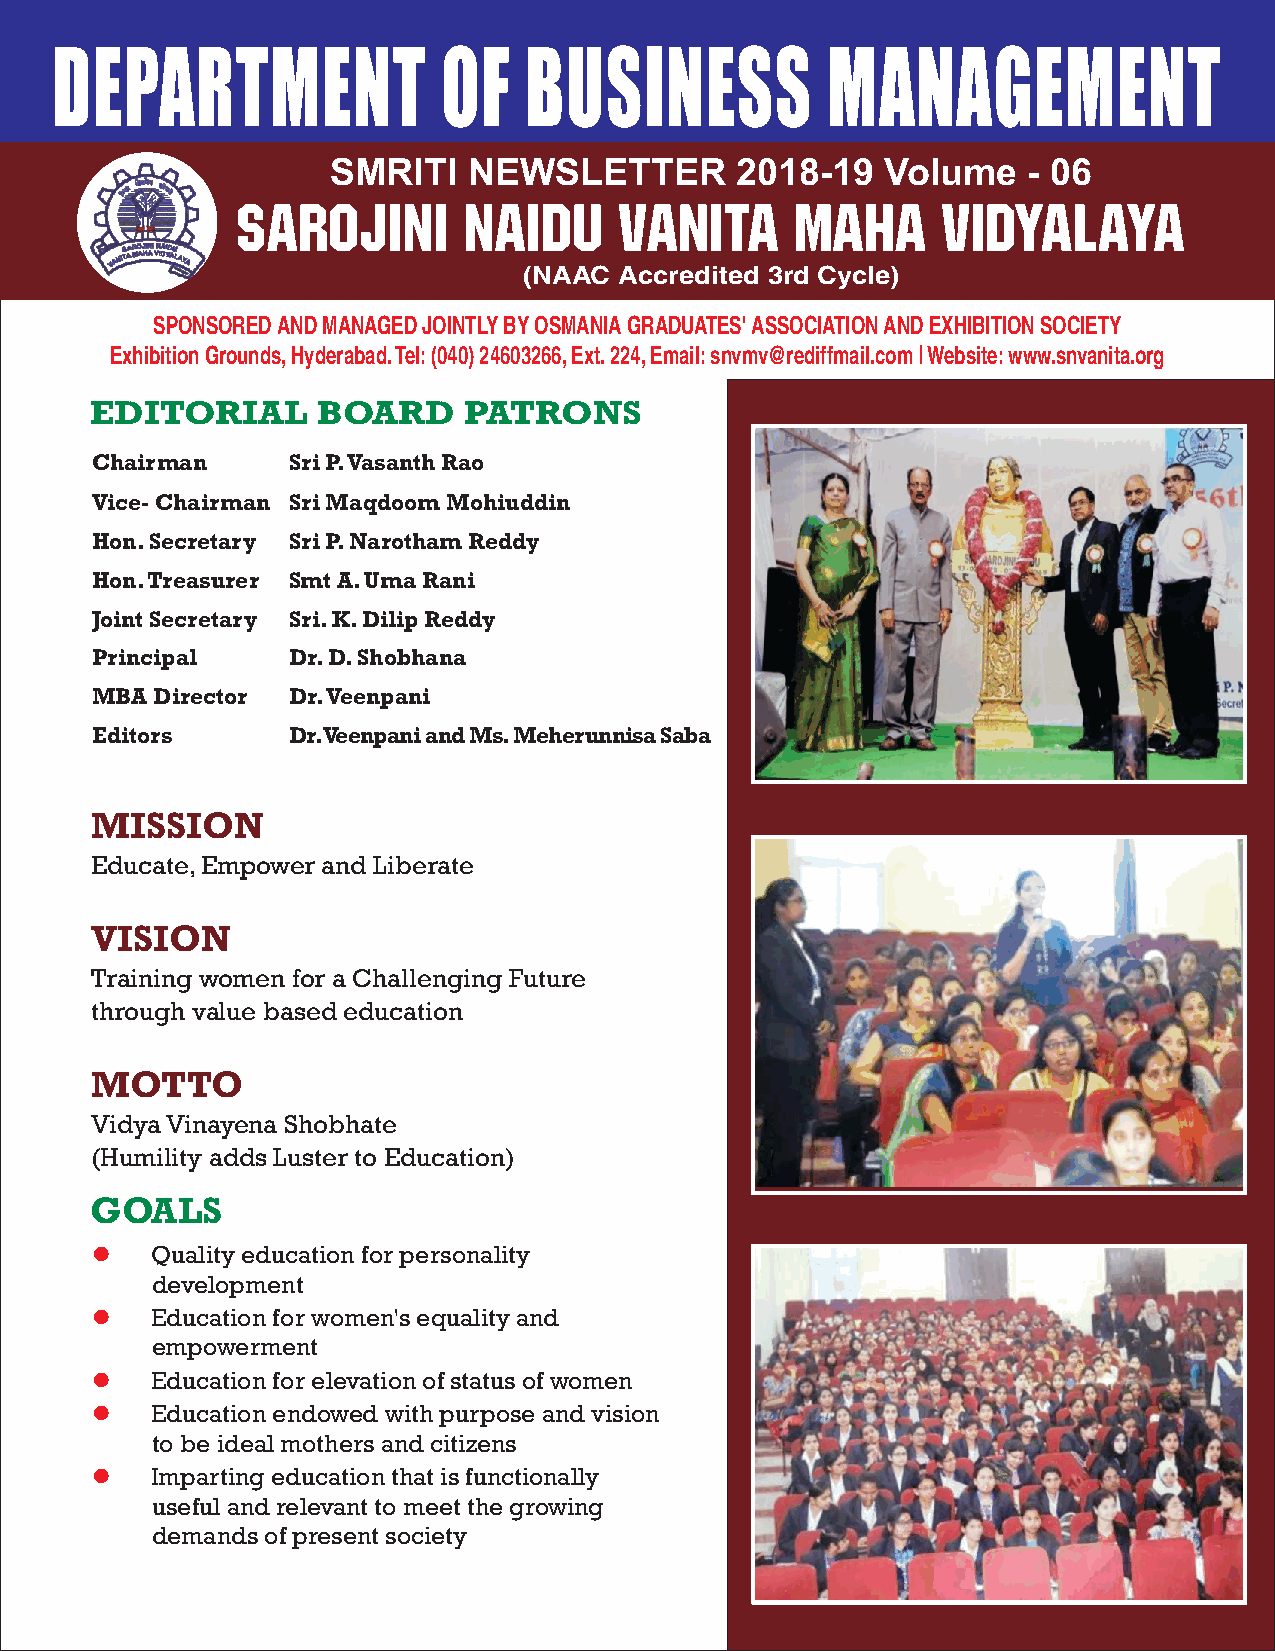
DEPARTMENT                OF    BUSINESS            MANAGEMENT
 SMRITI   NEWSLETTER        2018-19   Volume   - 06
 Sarojini       Naidu     Vanita      Maha     Vidyalaya
 (NAAC Accredited 3rd Cycle)
 SPONSORED AND MANAGED JOINTLY BY OSMANIA GRADUATES' ASSOCIATION AND EXHIBITION SOCIETY
 Exhibition Grounds, Hyderabad. Tel: (040) 24603266, Ext. 224, Email: snvmv@rediffmail.com | Website: www.snvanita.org
 EDITORIAL      BOARD     PATRONS
 Chairman     Sri P. Vasanth Rao
 Vice- Chairman Sri Maqdoom Mohiuddin
 Hon. Secretary Sri P. Narotham Reddy
 Hon. Treasurer Smt A. Uma Rani
 Joint Secretary Sri. K. Dilip Reddy
 Principal    Dr. D. Shobhana
 MBA Director Dr. Veenpani
 Editors      Dr. Veenpani and Ms. Meherunnisa Saba
 MISSION
 Educate, Empower and Liberate
 VISION
 Training women for a Challenging Future
 through value based education
 MOTTO
 Vidya Vinayena Shobhate
 (Humility adds Luster to Education)
 GOALS
    Quality education for personality
 development
    Education for women's equality and
 empowerment
    Education for elevation of status of women
    Education endowed with purpose and vision
 to be ideal mothers and citizens
    Imparting education that is functionally
 useful and relevant to meet the growing
 demands of present society